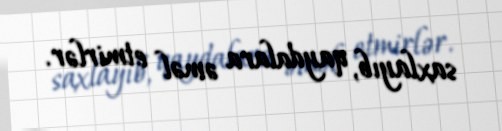
saxlayıb, qaydalara əməl etmirlər.